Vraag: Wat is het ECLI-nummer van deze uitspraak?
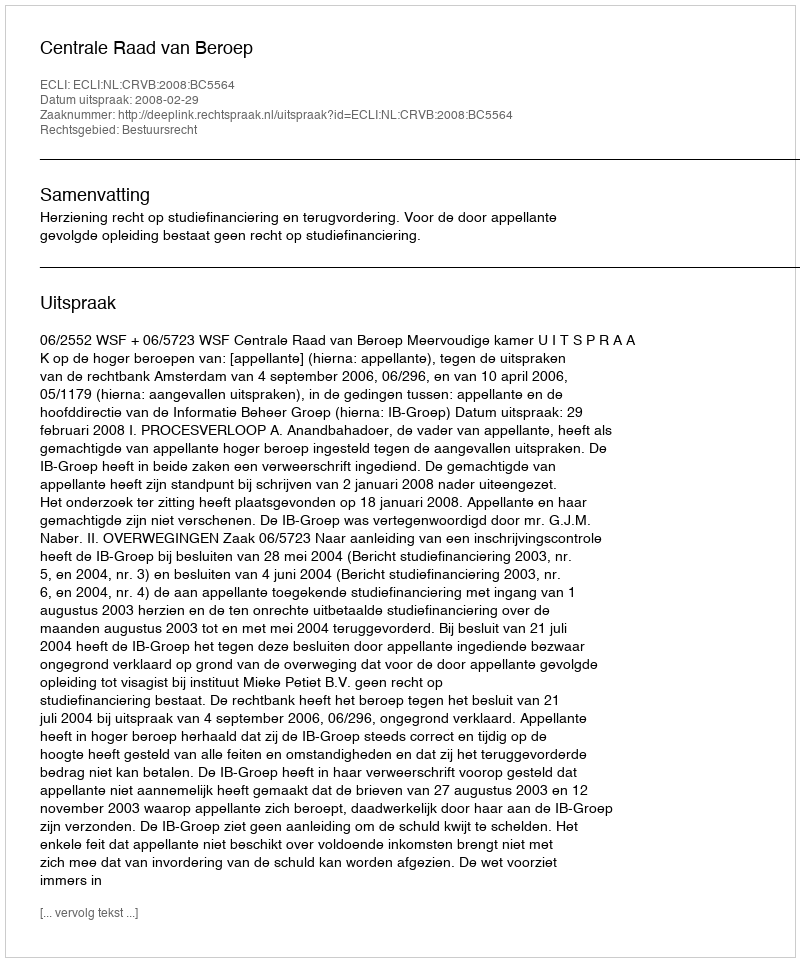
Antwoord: ECLI:NL:CRVB:2008:BC5564